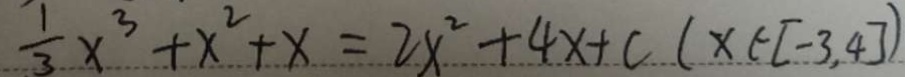
\frac { 1 } { 3 } x ^ { 3 } + x ^ { 2 } + x = 2 x ^ { 2 } + 4 x + c ( x \in [ - 3 , 4 ] )